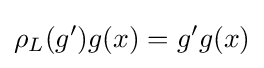
\rho _{L}(g')g(x)=g'g(x)